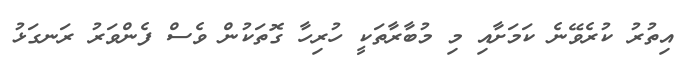
އިތުރު ކުރެވޭނެ ކަމަށާއި މި މުބާރާތަކީ ހުރިހާ ގޮތަކުން ވެސް ފެންވަރު ރަނގަޅު